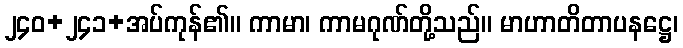
၂၄၀+၂၄၁+အပ်ကုန်၏။ ကာမာ၊ ကာမဂုဏ်တို့သည်။ မာဟာတိတာပနဋ္ဌေ၊